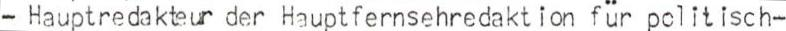
- Hauptredakteur der Hauptfernsehredaktion für politisch-